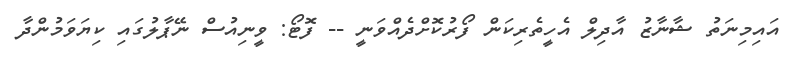
އައިމިނަތު ޝާނާޒު އާދިލް އެހީތެރިކަން ފޯރުކޮށްދެއްވަނީ -- ފޮޓޯ: ވީނިއުސް ނޭޕާލުގައި ކިޔަވަމުންދާ